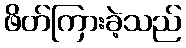
ဖိတ်ကြားခဲ့သည်